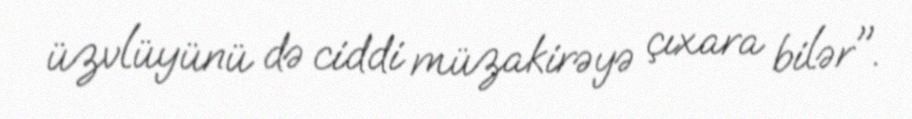
üzvlüyünü də ciddi müzakirəyə çıxara bilər".